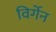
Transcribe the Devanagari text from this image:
विर्गेन